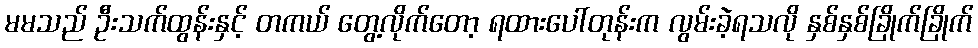
မမသည် ဦးသက်ထွန်းနှင့် တကယ် တွေ့လိုက်တော့ ရထားပေါ်တုန်းက လွမ်းခဲ့ရသလို နှစ်နှစ်ခြိုက်ခြိုက်